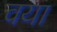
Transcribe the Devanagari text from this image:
वया